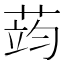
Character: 𮶪